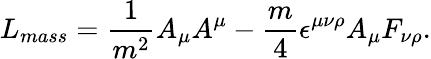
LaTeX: L_{mass}=\frac{1}{m^{2}}A_{\mu}A^{\mu}-\frac{m}{4}\epsilon^{\mu\nu\rho}A_{\mu}F_{\nu\rho}.